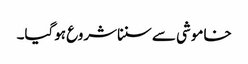
خاموشی سے سنناشروع ہوگیا۔